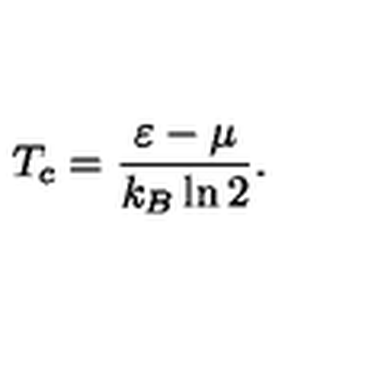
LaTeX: T _ { c } = \frac { \varepsilon - \mu } { k _ { B } \ln { 2 } } \/ .